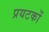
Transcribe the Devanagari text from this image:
प्रयटकों